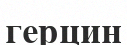
герцин